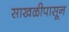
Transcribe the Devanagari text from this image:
साखळीपासून